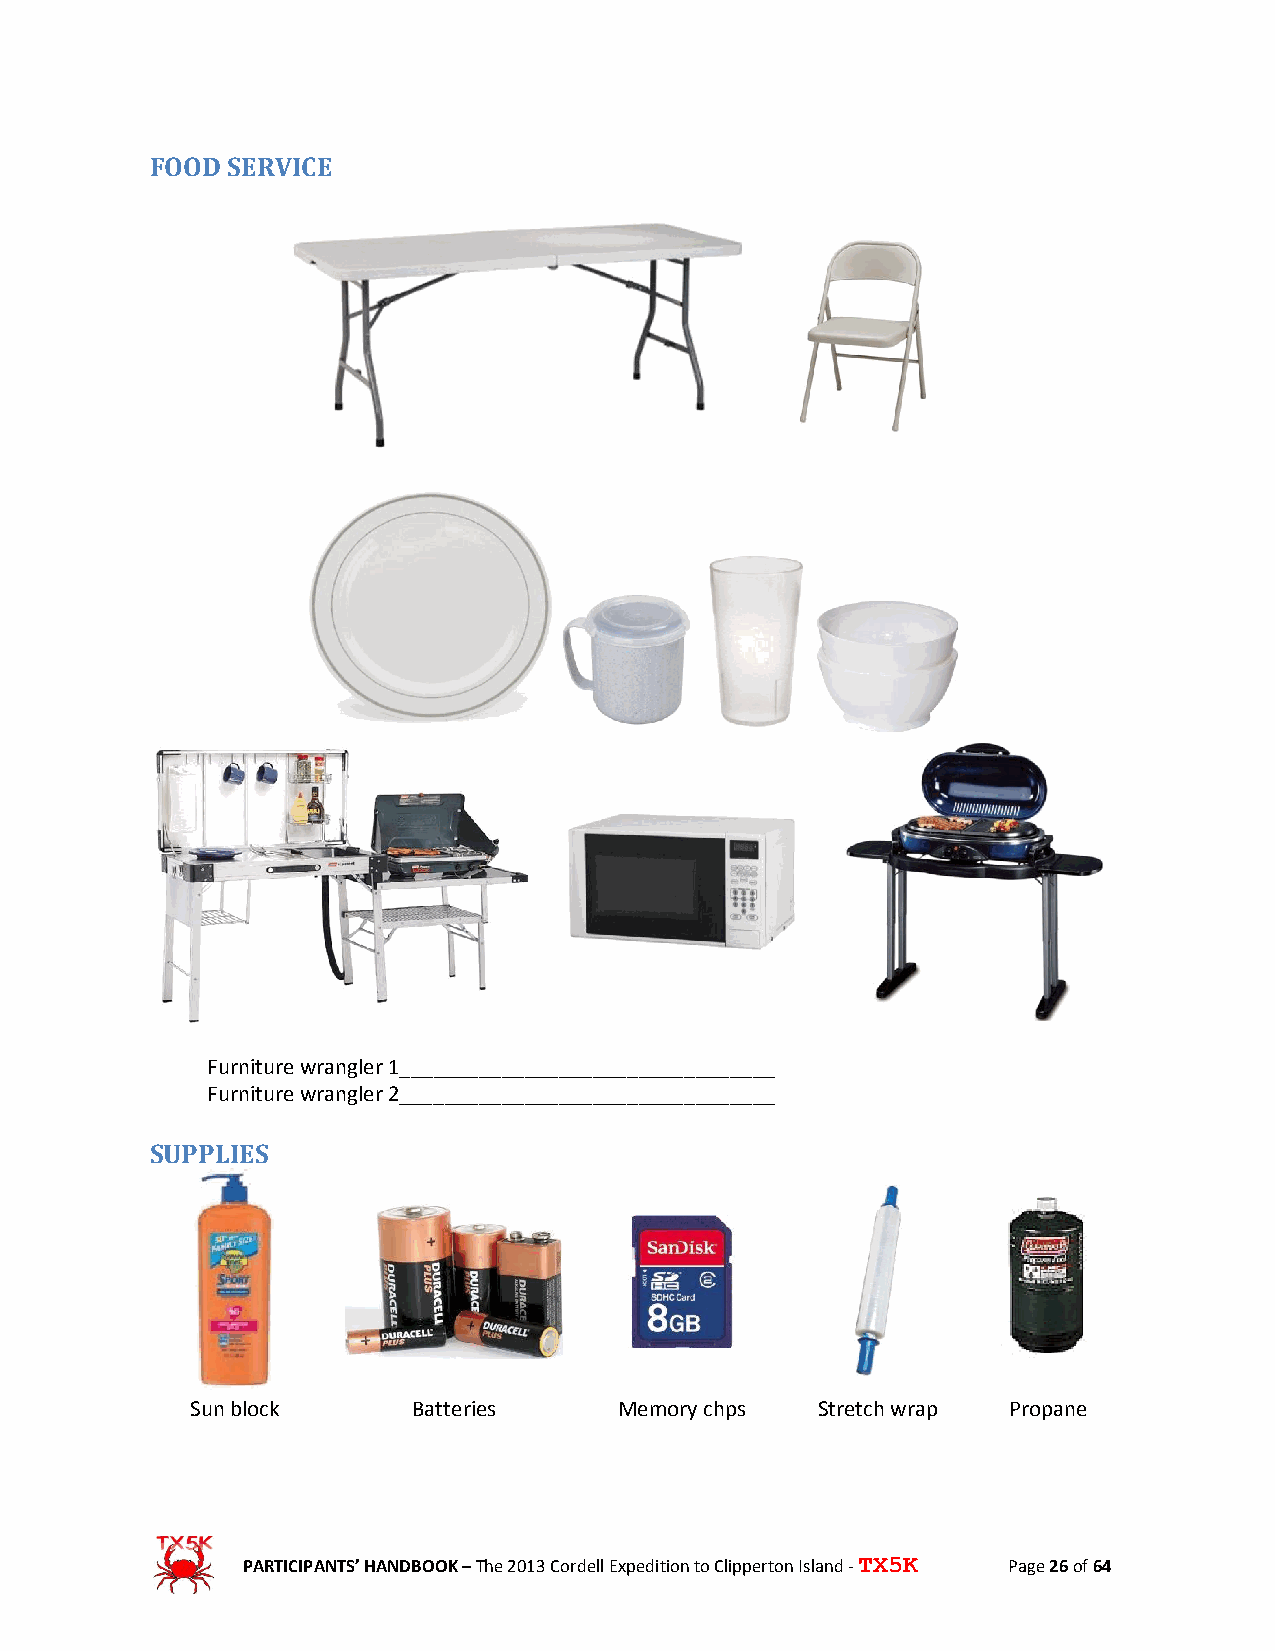
FOOD SERVICE
 Furniture wrangler 1_________________________________
 Furniture wrangler 2_________________________________
 SUPPLIES
 Sun block     Batteries     Memory chps  Stretch wrap Propane
 PARTICIPANTS’ HANDBOOK – The 2013 Cordell Expedition to Clipperton Island - TX5K Page 26 of 64